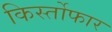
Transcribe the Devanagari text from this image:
किर्स्तोफार